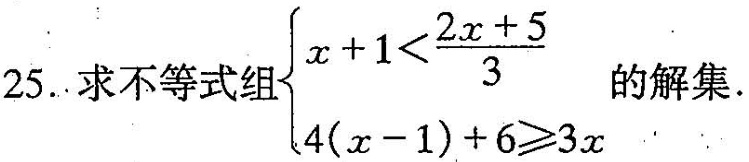
25.求不等式：$$\begin{cases} x+1< \frac{2x+5}{3}\\ 4(x-1)+6 \geqslant 3x\end{cases}$$解集.